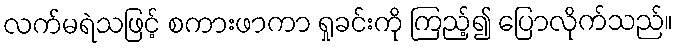
လက်မရဲသဖြင့် စကားဖာကာ ရှုခင်းကို ကြည့်၍ ပြောလိုက်သည်။